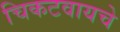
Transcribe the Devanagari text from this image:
चिकटवायचे